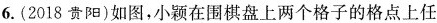
6.(2018贵阳)如图，小颖在围棋盘上两个格子的格点上任